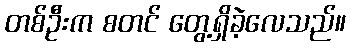
တစ်ဦးက စတင် တွေ့ရှိခဲ့လေသည်။